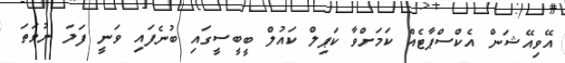
އޭވިއޭޝަން އެކްސްޕާޓެއް ކަމަށްވާ ކަޕިލް ކައުލް ބީބީސީގައި ބުނެފައި ވަނީ ފަލަ ނުވަތަ